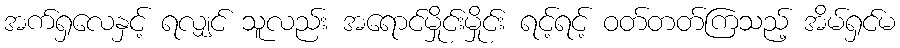
အက်ရှလေနှင့် ရလျှင် သူလည်း အရောင်မှိုင်းမှိုင်း ရင့်ရင့် ဝတ်တတ်ကြသည့် အိမ်ရှင်မ